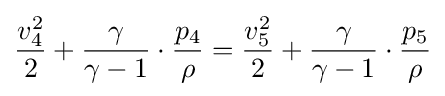
{\frac {v_{4}^{2}}{2}}+{\frac {\gamma }{\gamma -1}}\cdot {\frac {p_{4}}{\rho }}={\frac {v_{5}^{2}}{2}}+{\frac {\gamma }{\gamma -1}}\cdot {\frac {p_{5}}{\rho }}